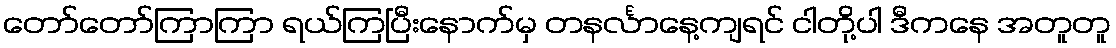
တော်တော်ကြာကြာ ရယ်ကြပြီးနောက်မှ တနင်္လာနေ့ကျရင် ငါတို့ပါ ဒီကနေ အတူတူ